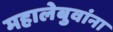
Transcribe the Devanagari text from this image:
महालेबुवांना